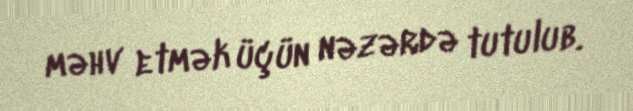
məhv etmək üçün nəzərdə tutulub.